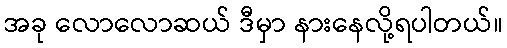
အခု လောလောဆယ် ဒီမှာ နားနေလို့ရပါတယ်။